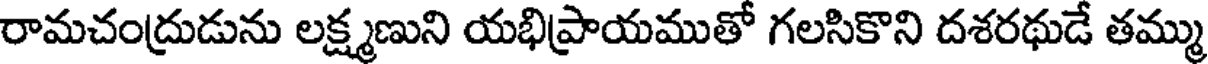
రామచంద్రుడును లక్ష్మణుని యభిప్రాయముతో గలసికొని దశరథుడే తమ్ము